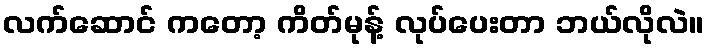
လက်ဆောင် ကတော့ ကိတ်မုန့် လုပ်ပေးတာ ဘယ်လိုလဲ။